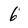
Character: 6